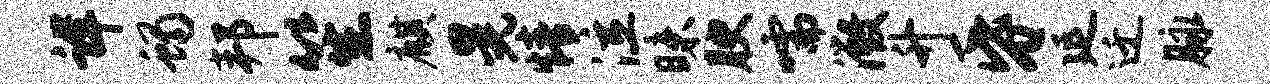
详蝎邦笙麒晃情泣昧腴嚅微升昏延迁脉